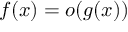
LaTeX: f ( x ) = o ( g ( x ) )